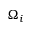
\Omega _ { i }